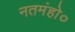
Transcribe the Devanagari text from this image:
नतमंहो०